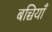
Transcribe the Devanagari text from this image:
बच्चियाँ